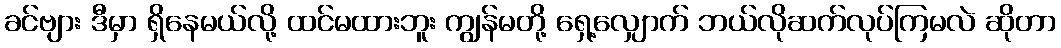
ခင်ဗျား ဒီမှာ ရှိနေမယ်လို့ ထင်မထားဘူး ကျွန်မတို့ ရှေ့လျှောက် ဘယ်လိုဆက်လုပ်ကြမလဲ ဆိုတာ